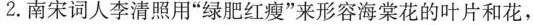
2. 南宋词人李清照用”绿肥红瘦”来形容海棠花的叶片和花，